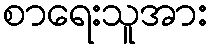
စာရေးသူအား